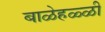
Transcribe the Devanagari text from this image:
बाळेहळ्ळी